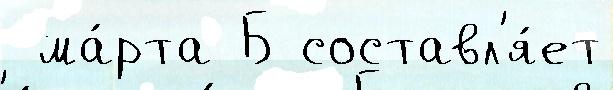
 ма́рта Б составл'я́ет